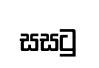
සසටු